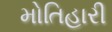
મોતિહારી